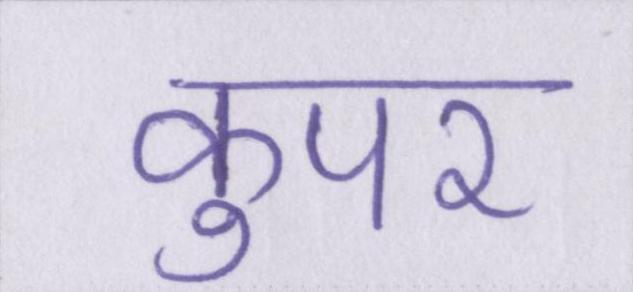
कुपर